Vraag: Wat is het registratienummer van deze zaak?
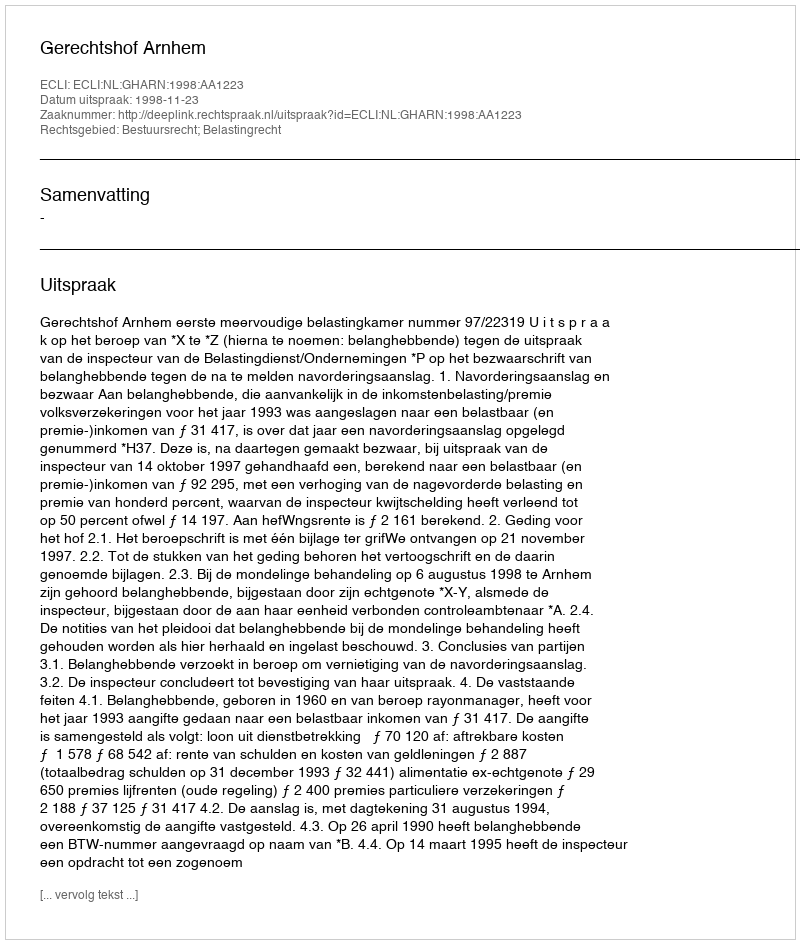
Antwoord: http://deeplink.rechtspraak.nl/uitspraak?id=ECLI:NL:GHARN:1998:AA1223